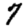
Digit: 7